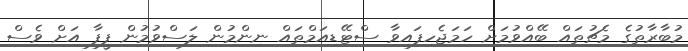
މުބާރާތުގެ މެޗުތައް ބޭއްވުމަށް ހަމަޖެހިފައިވާ ސްޓޭޑިއަމްތައް ނިންމުން ލަސްވުމުން ފީފާ އަށް ވެސް